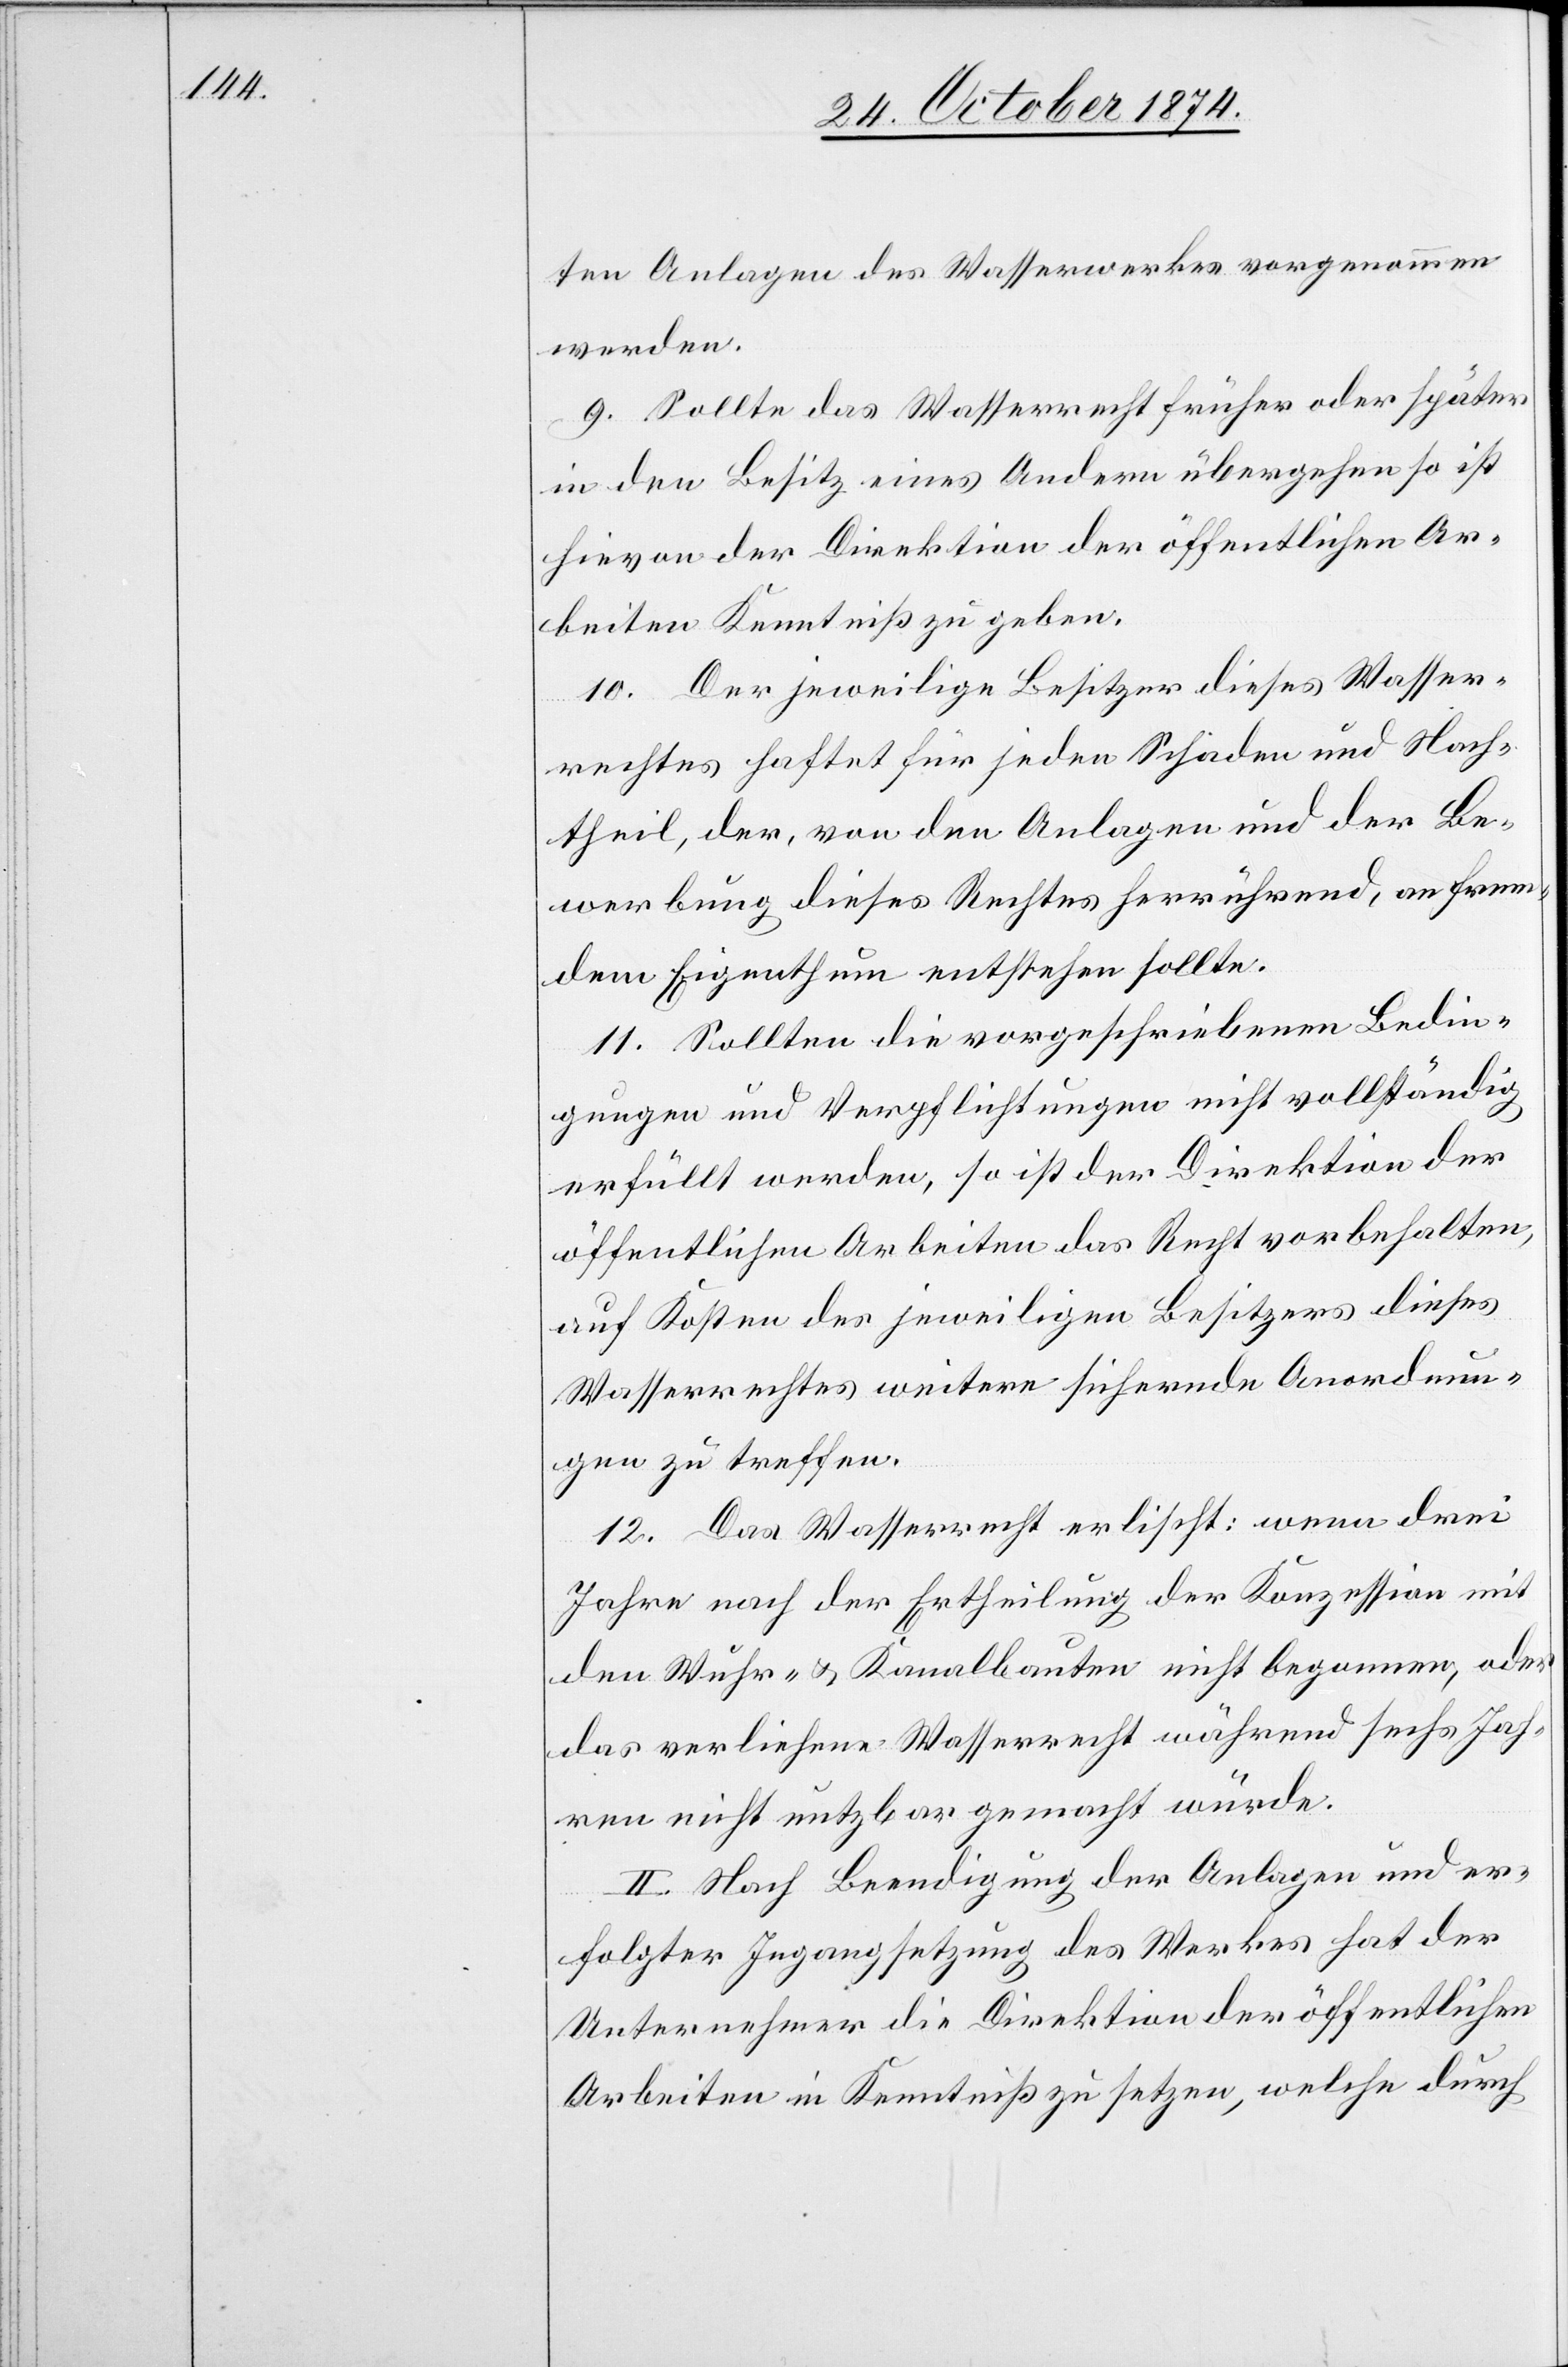
ten Anlagen des Wasserwerkes vorgenommen
werden.
9. Sollte das Wasserrecht früher oder später
in den Besitz eines Andern übergehen so ist
hievon der Direktion der öffentlichen Ar¬
beiten Kenntniß zu geben.
10. Der jeweilige Besitzer dieses Wasser¬
rechtes haftet für jeden Schaden und Nach¬
theil, der, von den Anlagen und der Be¬
werbung dieses Rechtes herrührend, an frem¬
dem Eigenthum entstehen sollte.
11. Sollten die vorgeschriebenen Bedin¬
gungen und Verpflichtungen nicht vollständig
erfüllt werden, so ist der Direktion der
öffentlichen Arbeiten das Recht vorbehalten,
auf Kosten des jeweiligen Besitzers dieses
Wasserrechtes weitere sichernde Anordnun¬
gen zu treffen.
12. Das Wasserrecht erlischt: wenn drei
Jahre nach der Ertheilung der Konzession mit
den Wuhr- & Kanalbauten nicht begonnen, oder
das verliehene Wasserrecht während sechs Jah¬
ren nicht nutzbar gemacht würde.
II. Nach Beendigung der Anlagen und er¬
folgter Ingangsetzung des Werkes hat der
Unternehmer die Direktion der öffentlichen
Arbeiten in Kenntniß zu setzen, welche durch